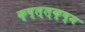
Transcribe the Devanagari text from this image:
क्ष्ल्ल्क्ष्म